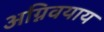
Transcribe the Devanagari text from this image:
अग्निवयाय